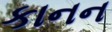
કાનન